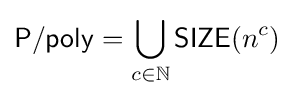
{\mathsf {P/poly}}=\bigcup _{c\in \mathbb {N} }{\mathsf {SIZE}}(n^{c})